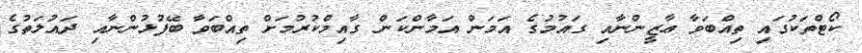
ކޯޓްތަކުގައި ތިއްބަވާ ޢާޒީންނާއި ގައުމުގެ އަމަން އަމާންކަން ގާއިމްކުރުމަށް ތިއްބަވާ ބޭފުޅުންނާއި ދައުލަތުގެ